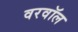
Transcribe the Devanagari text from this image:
वरवॉल